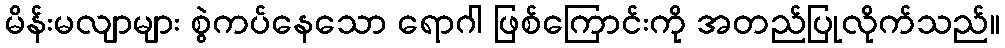
မိန်းမလျာများ စွဲကပ်နေသော ရောဂါ ဖြစ်ကြောင်းကို အတည်ပြုလိုက်သည်။